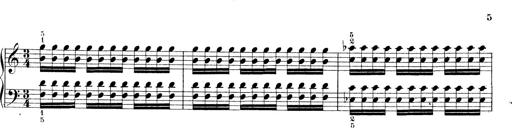
Title: Technische Studien
Composer: Franz Liszt